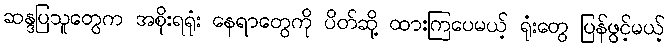
ဆန္ဒပြသူတွေက အစိုးရရုံး နေရာတွေကို ပိတ်ဆို့ ထားကြပေမယ့် ရုံးတွေ ပြန်ဖွင့်မယ့်